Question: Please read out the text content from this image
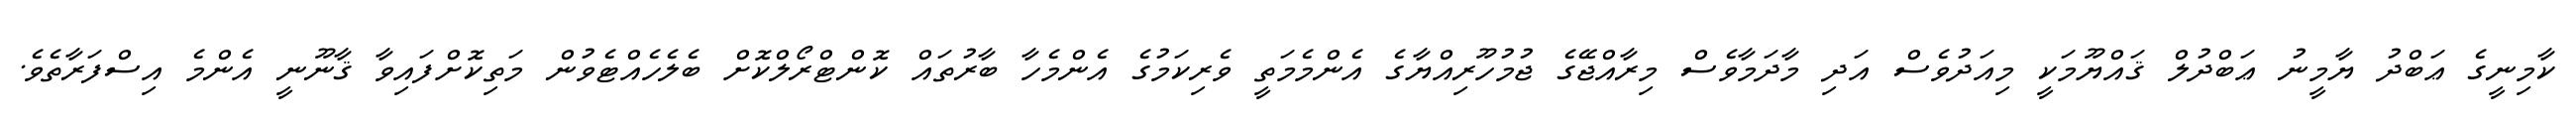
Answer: ކާމިނީގެ ޢަބްދު ޔާމީނު ޢަބްދުލް ޤައްޔޫމަކީ މިއަދުވެސް އަދި މާދަމާވެސް މިރާއްޖޭގެ ޖުމުހޫރިއްޔާގެ އެންމެމަތީ ވެރިކަމުގެ އެންމެހާ ބާރުތައް ކޮންޓްރޯލްކޮށް ބެލެހެއްޓެވުން މަތިކޮށްފައިވާ ޤާނޫނީ އެންމެ އިސްފަރާތެވެ.